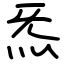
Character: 炁